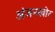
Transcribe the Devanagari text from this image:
अंजनखोर